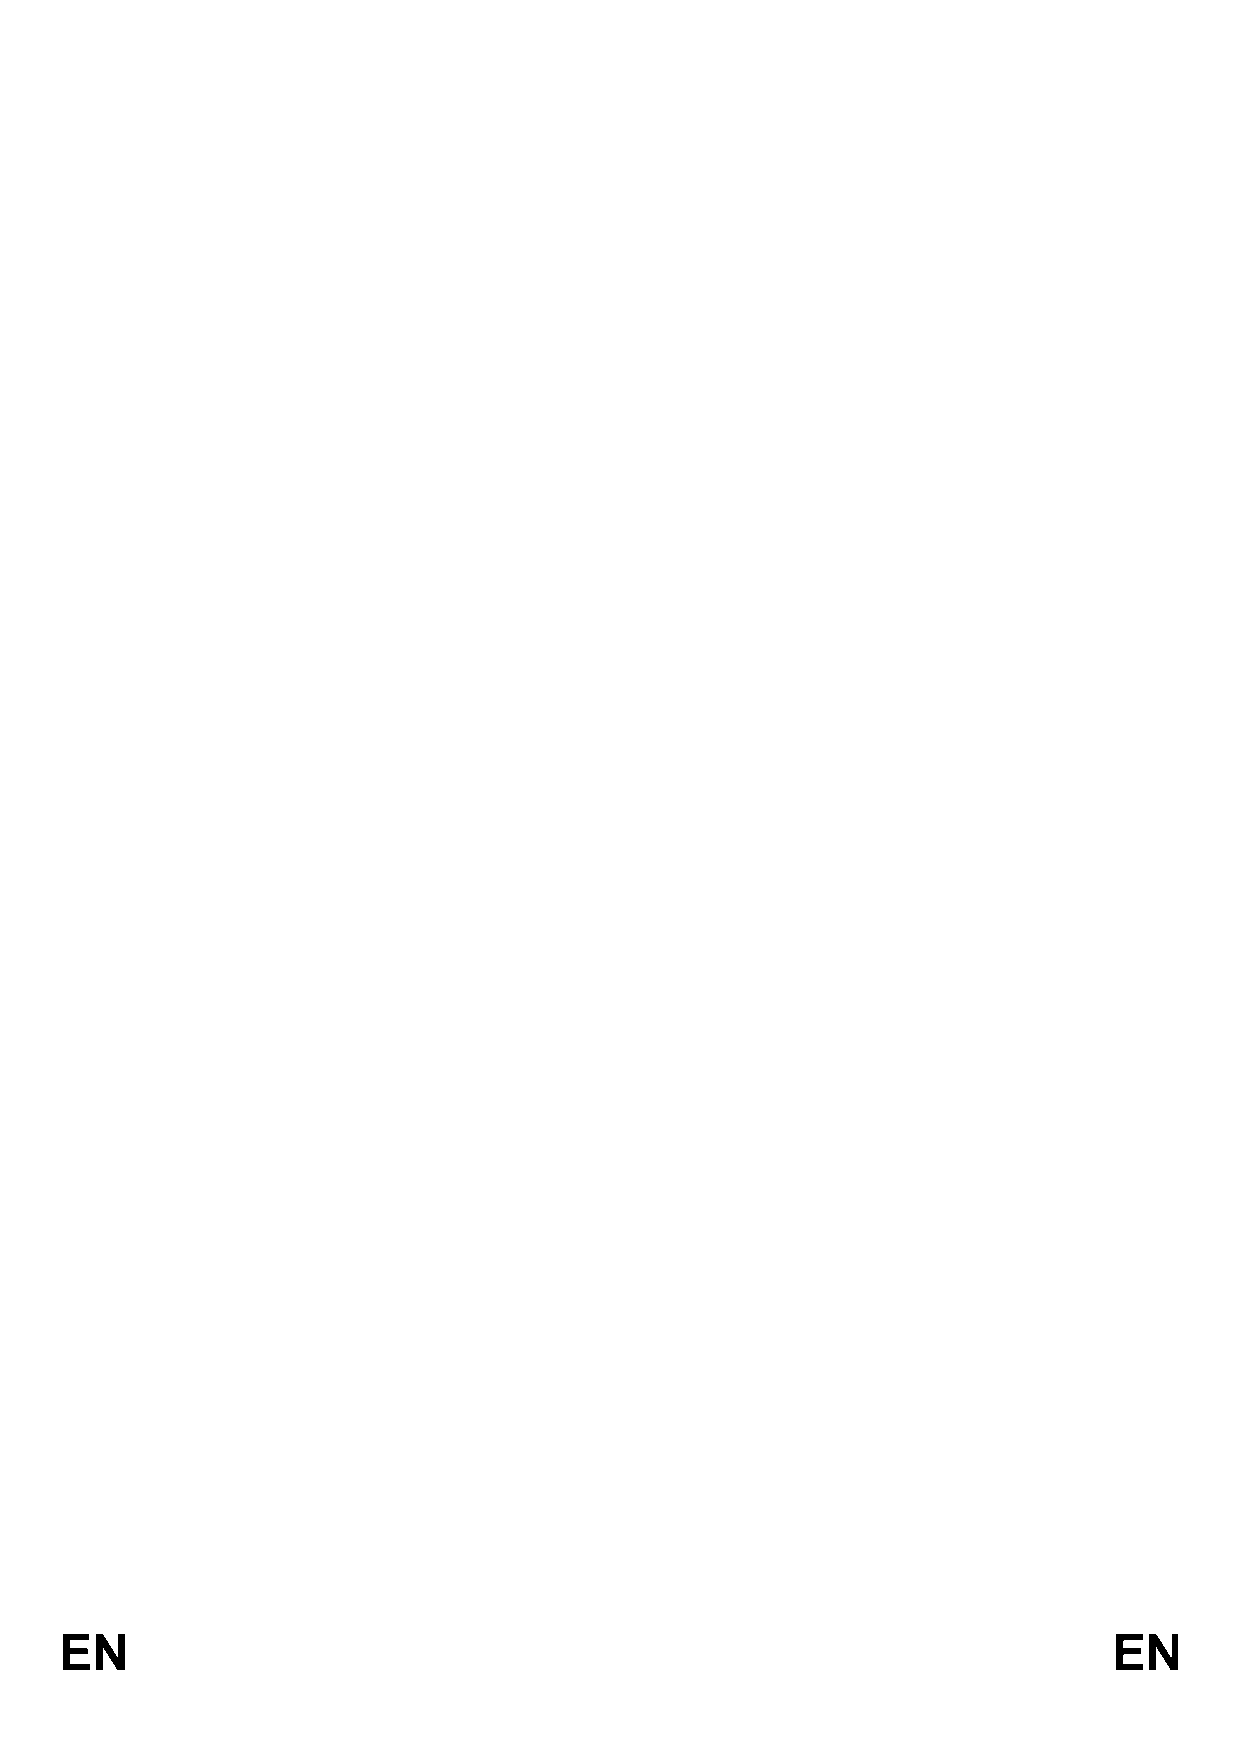
EN                                                                    EN